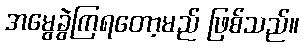
အမွေခွဲကြရတော့မည် ဖြစ်သည်။